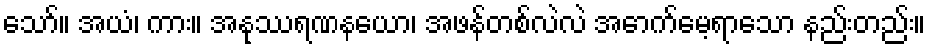
သော်။ အယံ၊ ကား။ အနုဿရဏနယော၊ အဖန်တစ်လဲလဲ အောက်မေ့ရာသော နည်းတည်း။